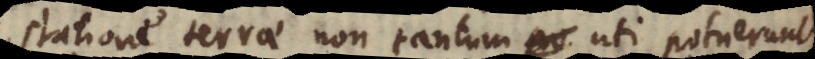
one terrae non tantum uti potuerunt